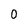
Character: 0